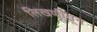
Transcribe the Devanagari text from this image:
लिखणीतून